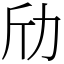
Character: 劤